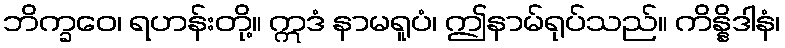
ဘိက္ခဝေ၊ ရဟန်းတို့။ ဣဒံ နာမရူပံ၊ ဤနာမ်ရုပ်သည်။ ကိန္နိဒါနံ၊